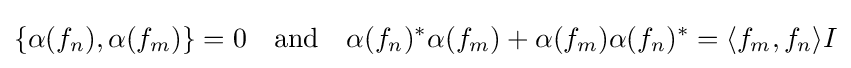
\{\alpha (f_{n}),\alpha (f_{m})\}=0\quad {\mbox{and}}\quad \alpha (f_{n})^{*}\alpha (f_{m})+\alpha (f_{m})\alpha (f_{n})^{*}=\langle f_{m},f_{n}\rangle I